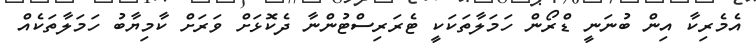
އެމެރިކާ އިން ބުނަނީ ޑްރޯން ހަމަލާތަކަކީ ޓެރަރިސްޓުންނާ ދެކޮޅަށް ވަރަށް ކާމިޔާބު ހަމަލާތަކެއް